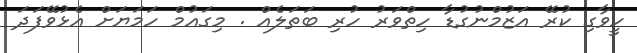
ހީވާގި ކުރޭ އަޒުމްނުގުޑާ ހިތްވަރު ހުރި ބަތަލެއް . މިގައުމް ހަމަޔަށް އެޅުވޭފަދަ